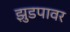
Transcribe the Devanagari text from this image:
झुडपावर